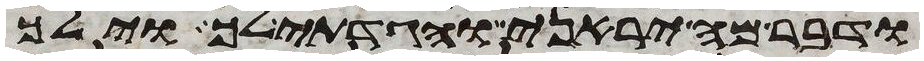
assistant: ודבר מה יראני והגדתי לך וילך